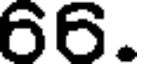
66.